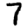
Digit: 7